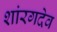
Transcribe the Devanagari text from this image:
शांरगदेव